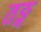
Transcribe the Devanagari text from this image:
तङ्ग